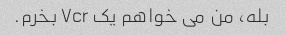
بله، من می خواهم یک Vcr بخرم.